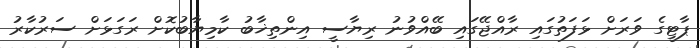
ޕާޓީގެ ވަރަށް ޅަފަތުގައި ރާއްޖޭގައި ބޭއްވުނު ރިޔާސީ އިންތިޚާބު ކާމިޔާބުކޮށް ރަގަޅަށް ސަރުކާރު